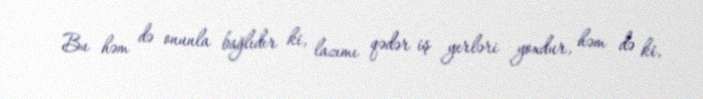
Bu həm də onunla bağlıdır ki, lazımı qədər iş yerləri yoxdur, həm də ki,